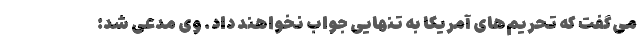
می‌گفت که تحریم‌های آمریکا به تنهایی جواب نخواهند داد. وی مدعی شد: